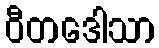
ဝီတဒေါသာ